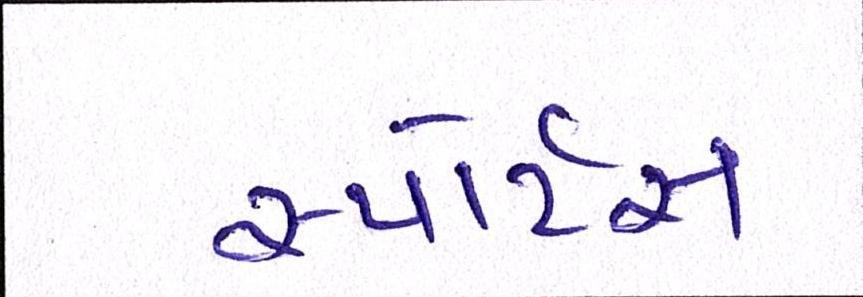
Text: સ્પોર્ટ્સ